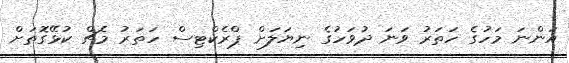
އަންނަ މަހުގެ ހަތަރު ވަނަ ދުވަހުގެ ނިޔަލަށް ޕްރެކްޓިސް ހަތަރު މެޗް ކުޅޭގޮތަށް